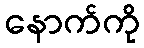
နောက်ကို